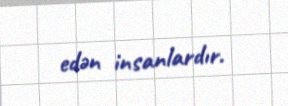
edən insanlardır.